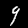
Digit: 9